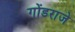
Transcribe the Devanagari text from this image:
गोंडराजे